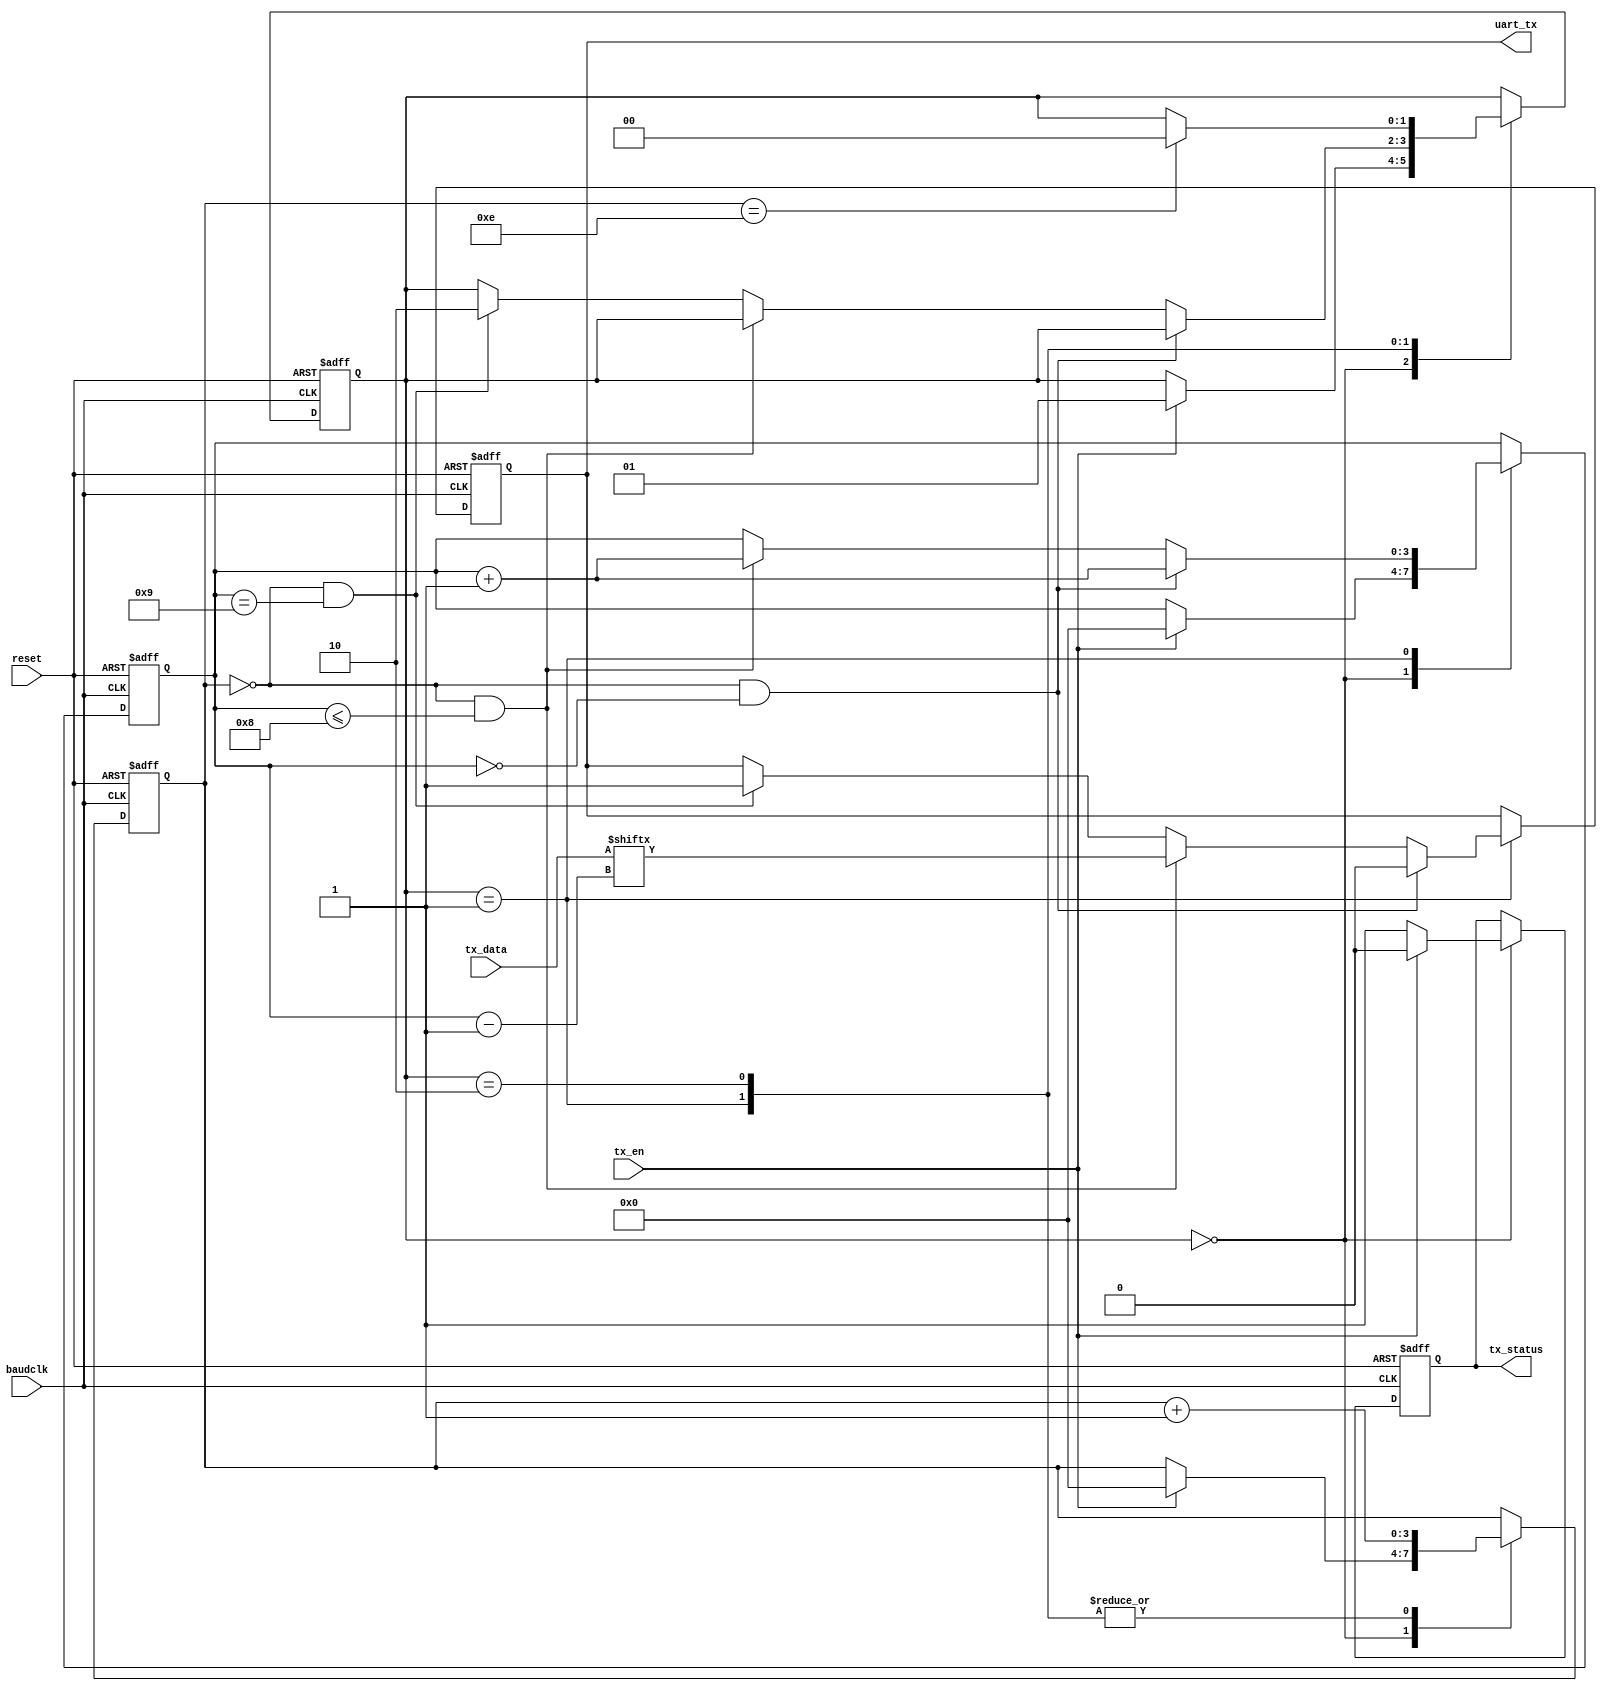
module uart_sender(uart_tx,baudclk,reset,tx_data,tx_en,tx_status);
  input baudclk;
  input [7:0] tx_data;
  input tx_en;
  input reset;  
  output reg tx_status;
  output reg uart_tx;
  reg [3:0] cnt;
  reg [3:0] num;
  reg [1:0] state;
  
  always @(posedge baudclk or negedge reset) begin
    if(~reset) begin
      tx_status<=1;
      uart_tx<=1;
      cnt<=4'b0;
      num<=4'b0;
      state<=2'b0;
    end
    else begin
      case(state)
        2'b0:begin
          tx_status<=1;
          if(tx_en) begin
            state<=1;
            tx_status<=0;
            cnt<=4'b0;
            num<=4'b0;
          end
        end
        2'b1:begin
          if(cnt==0 && num==0) begin
            uart_tx<=0;
            num<=num+1;
          end
          else if(cnt==0 && num<=8) begin
            uart_tx<=tx_data[num-1];
            num<=num+1;
          end
          else if(cnt==0 && num==9) begin
            state<=2'b10;
            uart_tx<=1;
          end
          cnt<=cnt+1;
        end
        2'b10:begin
          if(cnt==14) begin
            state<=2'b0;
         end
          cnt<=cnt+1;
        end
      endcase
    end
  end
endmodule